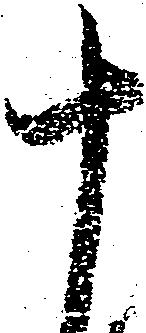
十